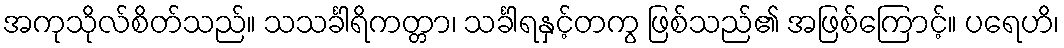
အကုသိုလ်စိတ်သည်။ သသင်္ခါရိကတ္တာ၊ သင်္ခါရနှင့်တကွ ဖြစ်သည်၏ အဖြစ်ကြောင့်။ ပရေဟိ၊